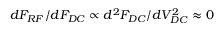
d F _ { R F } / d F _ { D C } \propto d ^ { 2 } F _ { D C } / d V _ { D C } ^ { 2 } \approx 0